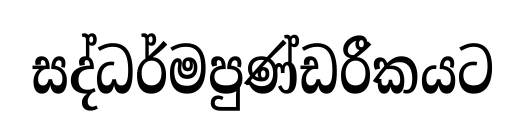
සද්ධර්මපුණ්ඩරීකයට